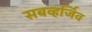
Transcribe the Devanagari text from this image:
सबव्हर्जिव